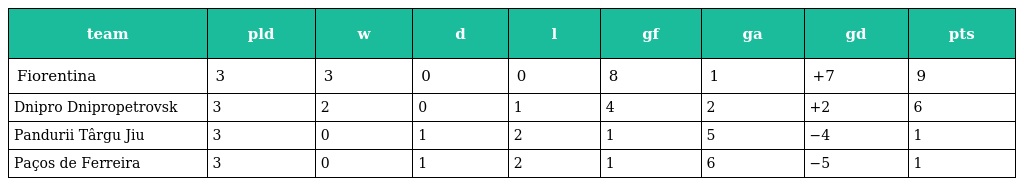
| team | pld | w | d | l | gf | ga | gd | pts |
 | --- | --- | --- | --- | --- | --- | --- | --- | --- |
 | Fiorentina | 3 | 3 | 0 | 0 | 8 | 1 | +7 | 9 |
 | Dnipro Dnipropetrovsk | 3 | 2 | 0 | 1 | 4 | 2 | +2 | 6 |
 | Pandurii Târgu Jiu | 3 | 0 | 1 | 2 | 1 | 5 | −4 | 1 |
 | Paços de Ferreira | 3 | 0 | 1 | 2 | 1 | 6 | −5 | 1 |